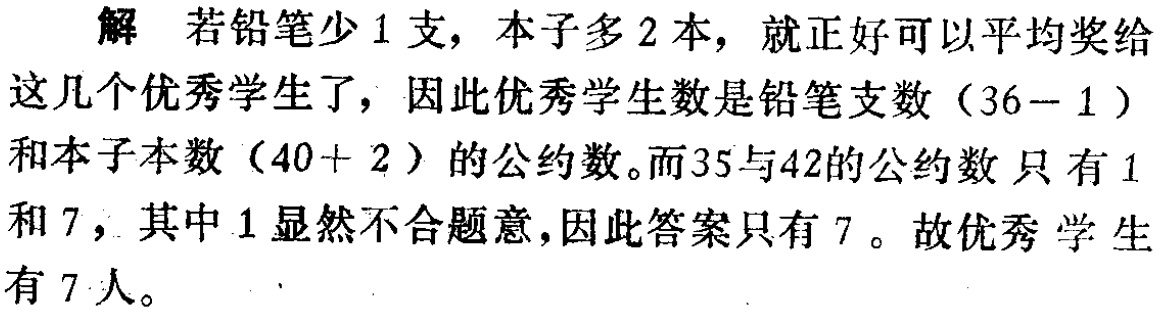
解 若铅笔少 1 支，本子多 2 本，就正好可以平均奖给这几个优秀学生了，因此优秀学生数是铅笔支数\((36 - 1)\)和本子本数\((40 + 2)\)的公约数。而 35 与 42 的公约数只有 1 和 7，其中 1 显然不合题意，因此答案只有 7。故优秀学生有 7 人。